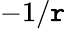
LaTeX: -1/\mathtt{r}